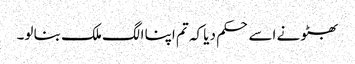
بھٹو نے اسے حکم دیا کہ تم اپنا الگ ملک بنا لو۔